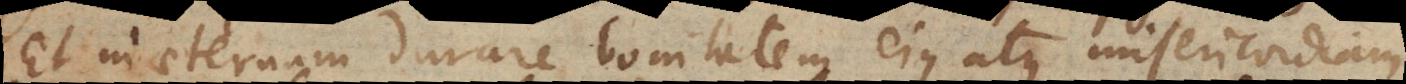
Et in aeternum durare bonitatem ejus atque misericordiam